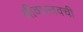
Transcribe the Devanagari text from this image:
श्रीवास्तवची